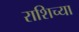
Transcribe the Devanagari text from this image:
राशिच्या